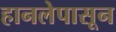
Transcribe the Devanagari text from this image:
हानलेपासून